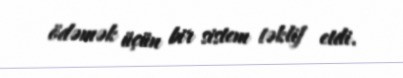
ödəmək üçün bir sistem təklif etdi.